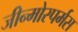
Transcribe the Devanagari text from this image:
जीन्मोस्पर्मस